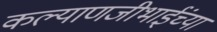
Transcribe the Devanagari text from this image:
कल्याणजीभाईंच्या